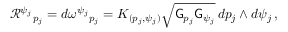
\mathcal { R } ^ { \psi _ { j } } { } _ { p _ { j } } = d \omega ^ { \psi _ { j } } { } _ { p _ { j } } = K _ { ( p _ { j } , \psi _ { j } ) } \sqrt { \mathsf { G } _ { p _ { j } } \mathsf { G } _ { \psi _ { j } } } \, d p _ { j } \wedge d \psi _ { j } \, ,